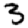
Digit: 3